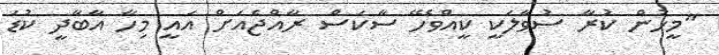
"މީހުން ކުރާ ސުވާލަކީ ކީއްވެހޭ ސާކަސް ރާއްޖެއަށް އައީ މިހާ އާބާދީ ކުޑަ